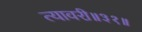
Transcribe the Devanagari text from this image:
त्यावरी॥३१॥